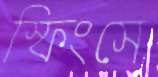
স্ফিংসে